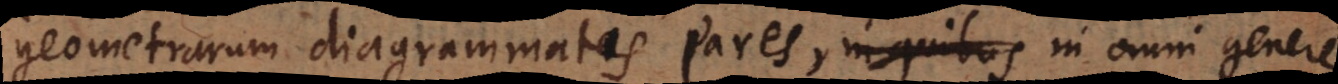
Geometrarum diagrammatis pares, in quibus in omni gen